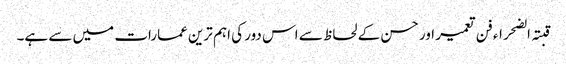
قبتہ الضحراء فن تعمیر اور حسن کے لحاظ سے اس دور کی اہم ترین عمارات میں سے ہے۔